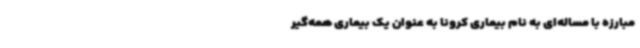
مبارزه با مساله‌ای به نام بیماری کرونا به عنوان یک بیماری همه‌گیر